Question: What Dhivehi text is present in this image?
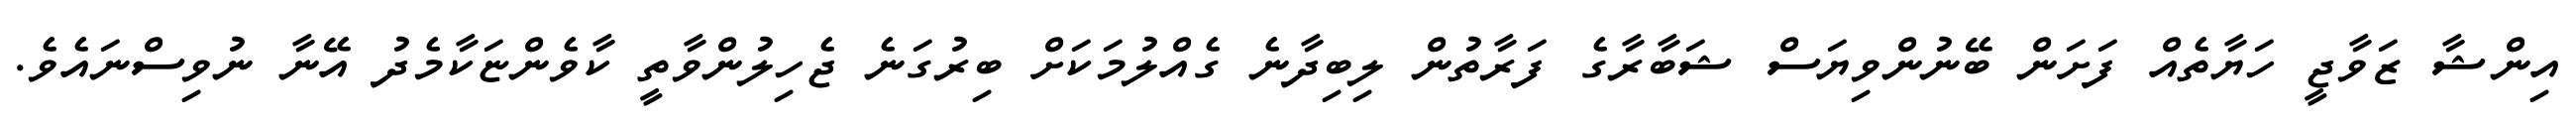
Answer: އިންޝާ ޒަވާޖީ ހަޔާތެއް ފަށަން ބޭނުންވިޔަސް ޝަބާރާގެ ފަރާތުން ލިބިދާނެ ގެއްލުމަކަށް ބިރުގަނެ ޖެހިލުންވާތީ ކާވެންޏަކާމެދު އޭނާ ނުވިސްނައެވެ.